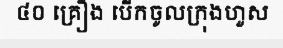
៤០ គ្រឿង បើកចូលក្រុងហួស